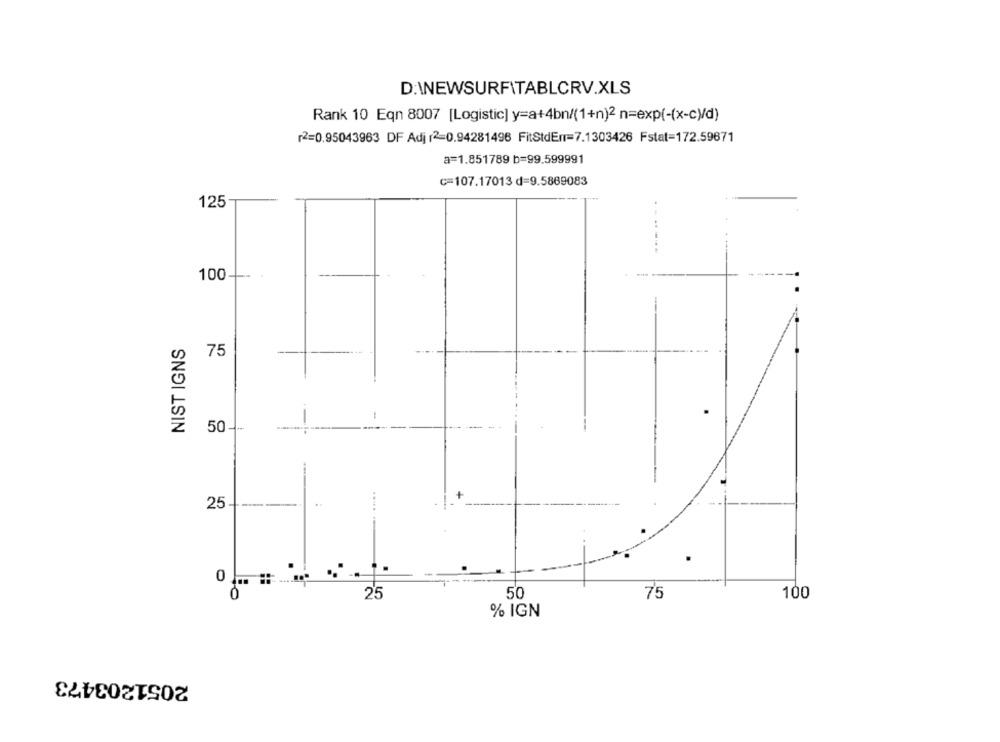
D:\NEWSURFITABLCRV.XLS
Rank 10 Eqn 8007 [Logistic] y=a+4bn/(1+n)2 n=exp(-(x-c)/d)
2=0.95043963 DF Adj (2=0.94281496 FitStdEn=7.1303426 Fstat=172.59671
a=1.851789 b=99.599991
C=107.17013 d=9.5869083
125
. .
----
100-
NIST IGNS
75
50 --
-;
25
0
75
25
50
100
% IGN
2051203473